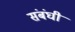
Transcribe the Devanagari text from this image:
संबंघी